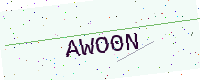
Text: AWO0N